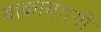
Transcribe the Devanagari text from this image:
बाक़ायदगी